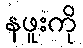
နဖူးကို